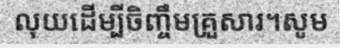
លុយដើម្បីចិញ្ចឹមគ្រួសារ។សូម